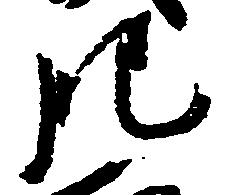
肥